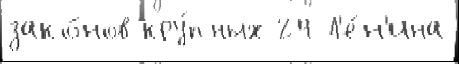
зако́нов кру́пных 24 Л'е́н'ина